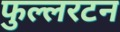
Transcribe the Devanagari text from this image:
फुल्लरटन